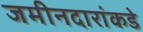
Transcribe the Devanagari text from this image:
जमीनदारांकडे